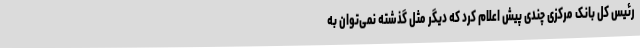
رئیس کل بانک مرکزی چندی پیش اعلام کرد که دیگر مثل گذشته نمی‌توان به